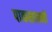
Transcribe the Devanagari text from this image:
पाकसाधनी